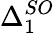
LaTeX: \Delta_{1}^{SO}